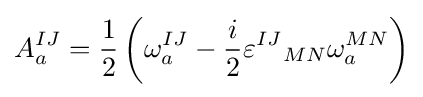
A_{a}^{IJ}={1 \over 2}\left(\omega _{a}^{IJ}-{i \over 2}{\varepsilon ^{IJ}}_{MN}\omega _{a}^{MN}\right)